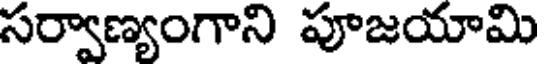
సర్వాణ్యంగాని పూజయామి